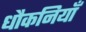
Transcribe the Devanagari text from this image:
धौकनियाँ